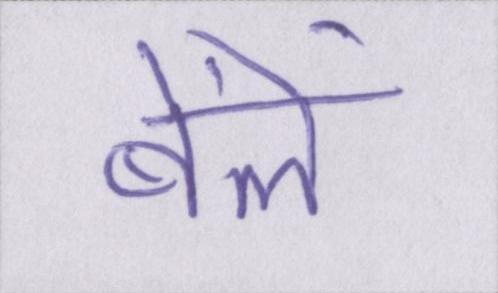
बेंलें